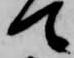
て